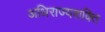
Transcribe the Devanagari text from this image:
अधिराज्यशक्ति